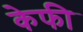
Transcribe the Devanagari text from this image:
केफी